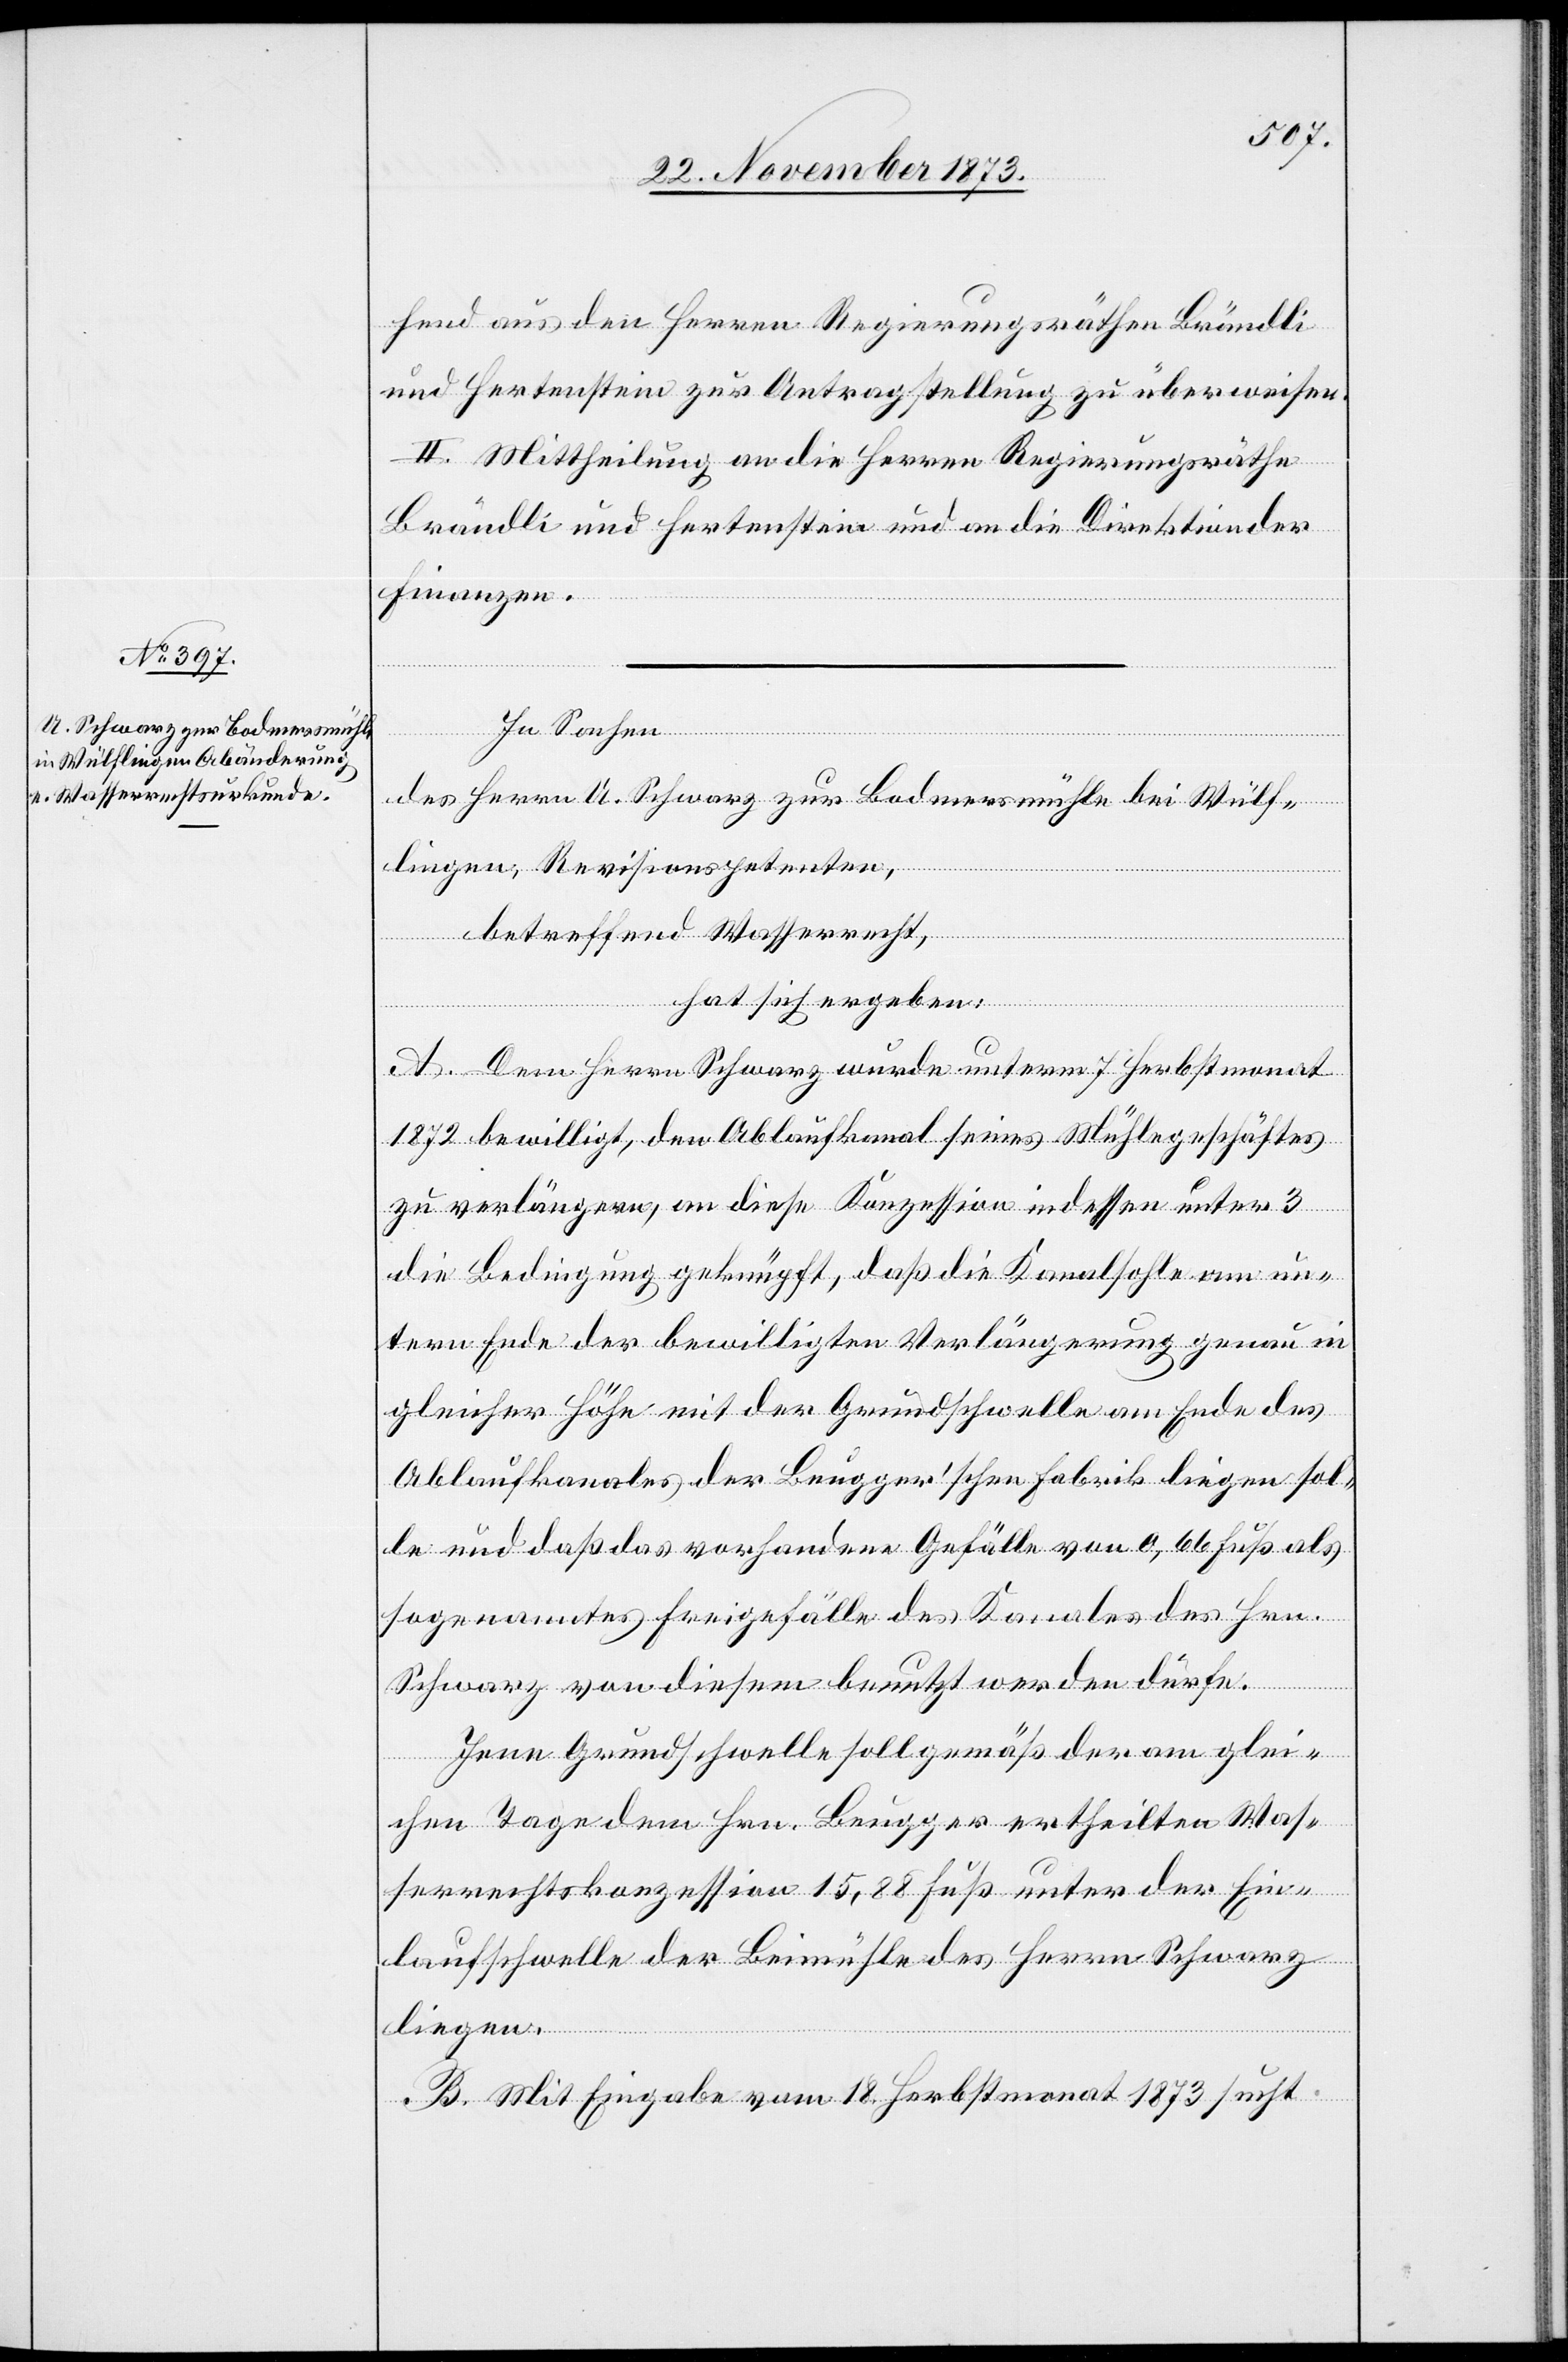
hend aus den Herren Regierungsräthen Brändli
und Hertenstein zur Antragstellung zu überweisen.
II. Mittheilung an die Herren Regierungsräthe
Brändli und Hertenstein und an die Direktion der
Finanzen.
In Sachen
des Herrn A. Schwarz zur Bodmersmühle bei Wülf¬
lingen, Revisionspetenten,
betreffend Wasserrecht,
hat sich ergeben:
A. Dem Herrn Schwarz wurde unterm 7. Herbstmonat
1872 bewilligt, den Ablaufkanal seines Mühlegeschäftes
zu verlängern, an diese Konzession indessen unter 3
die Bedingung geknüpft, daß die Kanalsohle am un¬
tern Ende der bewilligten Verlängerung genau in
gleicher Höhe mit der Grundschwelle am Ende des
Ablaufkanales der Beugger’schen Fabrik liegen sol¬
le und daß das vorhandene Gefälle von 0,66 Fuß als
sogenanntes Freigefälle des Kanales des Hrn.
Schwarz von diesem benutzt werden dürfe.
Jene Grundschwelle soll gemäß der am glei¬
chen Tage dem Hrn. Beugger ertheilten Was¬
serrechtskonzession 15,88 Fuß unter der Ein¬
laufschwelle der Beimühle des Herrn Schwarz
liegen.
B. Mit Eingabe vom 18. Herbstmonat 1873 sucht